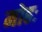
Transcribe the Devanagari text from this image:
मोहः